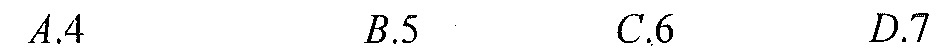
\(A.4\quad B.5\quad C.6\quad D.7\)